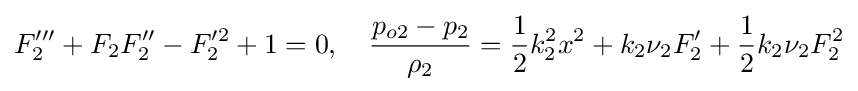
F_{2}'''+F_{2}F_{2}''-F_{2}'^{2}+1=0,\quad {\frac {p_{o2}-p_{2}}{\rho _{2}}}={\frac {1}{2}}k_{2}^{2}x^{2}+k_{2}\nu _{2}F_{2}'+{\frac {1}{2}}k_{2}\nu _{2}F_{2}^{2}